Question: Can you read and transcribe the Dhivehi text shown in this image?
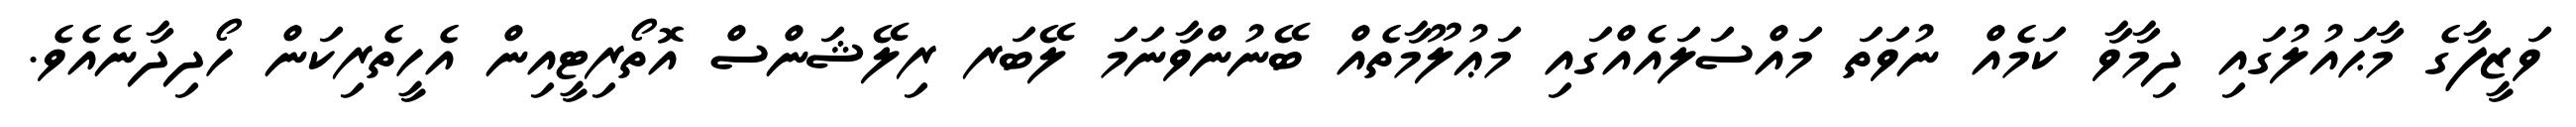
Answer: ވަޒީފާގެ މާޙައުލުގައި ދިމާވާ ކަމެއް ނުވަތަ މައްސަލައެއްގައި މަޢުލޫމާތެއް ބޭނުންވާނަމަ ލޭބަރ ރިލޭޝަންސް އޮތޯރިޓީއިން އެހީތެރިކަން ހޯދިދާނެއެވެ.